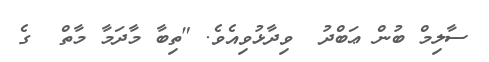
ސާލިމް ބުން ޢަބްދު  ވިދާޅުވިއެވެ. "ތިބާ މާދަމާ މާތް  ގެ